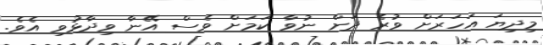
މިދިޔަ އަހަރަށް ވުރެ ދަށް ނުވާ ކަމަށް ވެސް އޭނާ ވިދާޅުވި އެވެ.